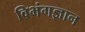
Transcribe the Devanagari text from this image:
विभंगज्ञान